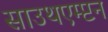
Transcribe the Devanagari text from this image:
साउथएम्प्टन